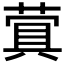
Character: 𬝬